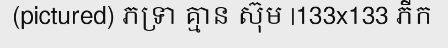
(pictured) ភទ្រា គ្មាន ស៊ុម |133x133 ភីក